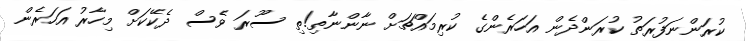
ކުރަންނަފުރަތު ކުރަންދެން އަހަރެންގެ ކުރިމައްޗަށް ނާންނާތި!ތި ސޫރަ ވެސް ދެކޭކަށް މިހާރު އަހަރެން